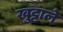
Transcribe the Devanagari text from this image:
खुट्टाले